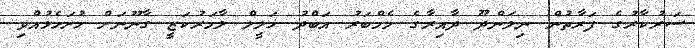
ސަރުކާރުގެ ފަރާތުން ނިލަންދޫ ދާއިރާގެ މެމްބަރު އަބްދު ޚަލީލް ލާމަރުކަޒީ ގާނޫނަށް ހުށަހެޅުއްވި